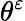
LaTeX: \theta^{\varepsilon}